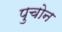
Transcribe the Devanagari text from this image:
पुचोन